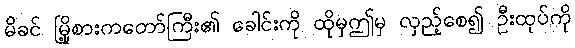
မိခင် မြို့စားကတော်ကြီး၏ ခေါင်းကို ထိုမှဤမှ လှည့်စေ၍ ဦးထုပ်ကို